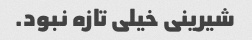
شیرینی خیلی تازه نبود.